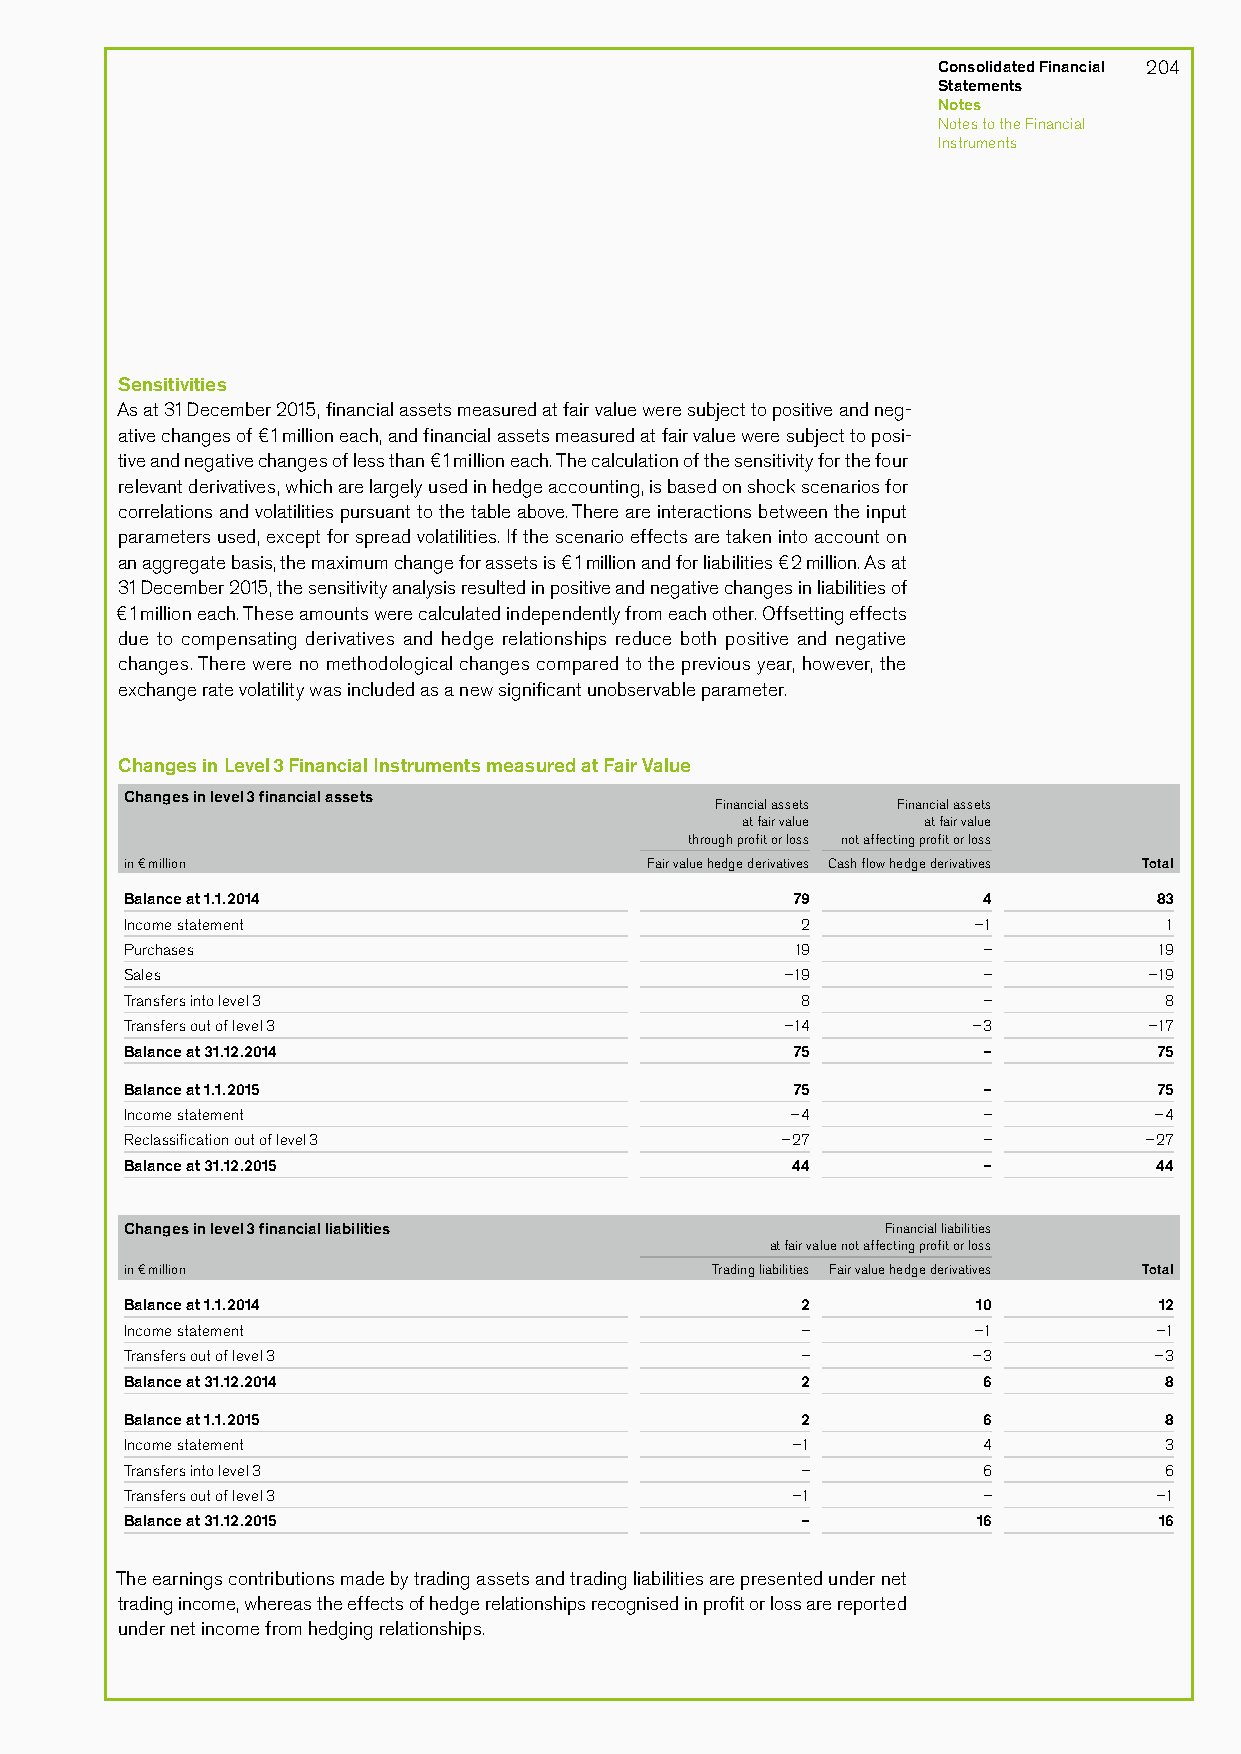
Consolidated Financial 204
 Statements
 Notes
 Notes to the Financial
 Instruments
 Sensitivities
 As at 31 December 2015, financial assets measured at fair value were subject to positive and neg-
 ative changes of €1 million each, and financial assets measured at fair value were subject to posi-
 tive and negative changes of less than €1 million each. The calculation of the sensitivity for the four
 relevant derivatives, which are largely used in hedge accounting, is based on shock scenarios for
 correlations and volatilities pursuant to the table above. There are interactions between the input
 parameters used, except for spread volatilities. If the scenario effects are taken into account on
 an aggregate basis, the maximum change for assets is €1 million and for liabilities €2 million. As at
 31 December 2015, the sensitivity analysis resulted in positive and negative changes in liabilities of
 €1 million each. These amounts were calculated independently from each other. Offsetting effects
 due to compensating derivatives and hedge relationships reduce both positive and negative
 changes. There were no methodological changes compared to the previous year, however, the
 exchange rate volatility was included as a new significant unobservable parameter.
 Changes in Level 3 Financial Instruments measured at Fair Value
 Changes in level 3 financial assets
 Financial assets Financial assets
 at fair value at fair value
 through profit or loss not affecting profit or loss
 in € million                       Fair value hedge derivatives Cash flow hedge derivatives Total
 Balance at 1.1.2014                         79           4           83
 Income statement                             2          –1           1
 Purchases                                    19          –           19
 Sales                                       –19          –          –19
 Transfers into level 3                       8           –           8
 Transfers out of level 3                    –14         –3          –17
 Balance at 31.12.2014                       75           –           75
 Balance at 1.1.2015                         75           –           75
 Income statement                            –4           –          –4
 Reclassification out of level 3             –27          –          –27
 Balance at 31.12.2015                       44           –           44
 Changes in level 3 financial liabilities           Financial liabilities
 at fair value not affecting profit or loss
 in € million                           Trading liabilities Fair value hedge derivatives Total
 Balance at 1.1.2014                          2           10          12
 Income statement                             –          –1          –1
 Transfers out of level 3                     –          –3          –3
 Balance at 31.12.2014                        2           6           8
 Balance at 1.1.2015                          2           6           8
 Income statement                            –1           4           3
 Transfers into level 3                       –           6           6
 Transfers out of level 3                    –1           –          –1
 Balance at 31.12.2015                        –           16          16
 The earnings contributions made by trading assets and trading liabilities are presented under net
 trading income, whereas the effects of hedge relationships recognised in profit or loss are reported
 under net income from hedging relationships.